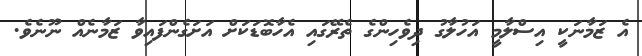
އެ ޒަމާނަކީ އިސްލާމީ އަހުލާގު ދިވެހިންގެ ތެރޭގައި އެހާބޮޑަކަށް އަށަގެންފައިވާ ޒަމާނެއް ނޫނެވެ.